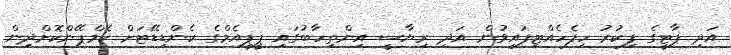
އަދި ޕާޓީގެ ފިކުރު ހިފެހެއްޓިފައިވުން އަދި ރިޔާސީ އިންތިހާބުގައި ޕީޕީއެމްގެ ކެންޑިޑޭޓަށް ކެމްޕޭންކޮށްދިން